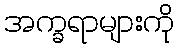
အက္ခရာများကို